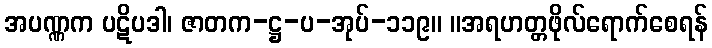
အပဏ္ဏက ပဋိပဒါ၊ ဇာတက-ဋ္ဌ-ပ-အုပ်-၁၁၉။ ။အရဟတ္တဖိုလ်ရောက်စေရန်